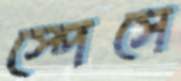
স্পেসে